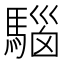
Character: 𩤘